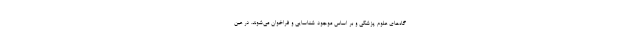
گاه‌های علوم پزشکی و بر اساس موجود شناسایی و فراخوان می‌شوند. در عین